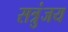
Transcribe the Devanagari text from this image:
सत्रुंजय